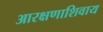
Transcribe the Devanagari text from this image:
आरक्षणाशिवाय